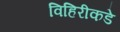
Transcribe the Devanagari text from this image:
विहिरीकडे